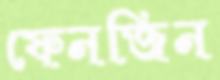
ফেনজিন